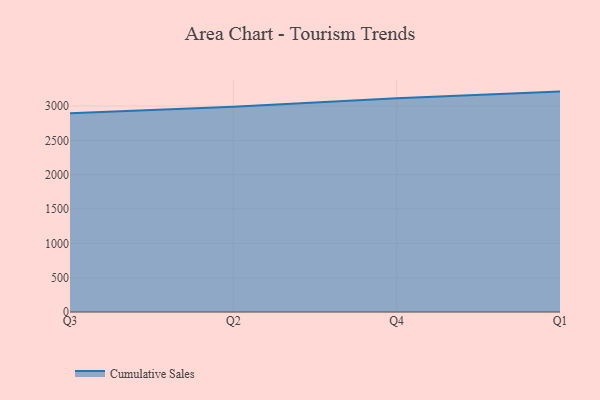
{"axis": {"x": "Quarter", "y": "Demand Index"}, "legend": ["Cumulative Sales"], "data": [{"x": "Q3", "y": 2892.9, "type": "Cumulative Sales"}, {"x": "Q2", "y": 2989.7, "type": "Cumulative Sales"}, {"x": "Q4", "y": 3111.2, "type": "Cumulative Sales"}, {"x": "Q1", "y": 3209.5, "type": "Cumulative Sales"}]}